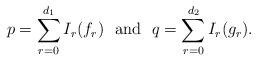
LaTeX: \begin{align*}p = \sum_{r=0}^{d_1} I_r(f_r) \ \textrm{ and } \ q = \sum_{r=0}^{d_2} I_r(g_r).\end{align*}